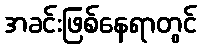
အခင်းဖြစ်နေရာတွင်